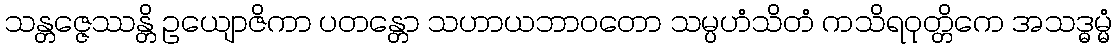
သန္တဇ္ဇေဿန္တိ ဥယျောဇိကာ ပတန္တော သဟာယဘာဝတော သမ္ပဟံသိတံ ကသိရဝုတ္တိကေ အသဒ္ဓမ္မံ